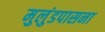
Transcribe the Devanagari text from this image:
मुलुंडपासना